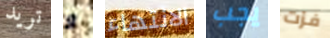
تريد و الانتهاء يجب فزت